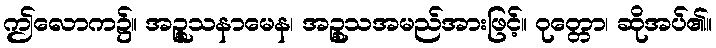
ဤလောက၌။ အဉ္စူသနာမေန၊ အဉ္စုသအမည်အားဖြင့်။ ဝုတ္တော၊ ဆိုအပ်၏။